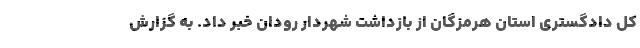
کل دادگستری استان هرمزگان از بازداشت شهردار رودان خبر داد. به گزارش